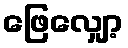
ဖြေလျှော့